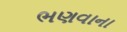
ભણવાના